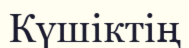
Күшіктің